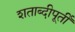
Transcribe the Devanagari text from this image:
शताब्दीपूर्ती